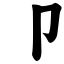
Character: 卩